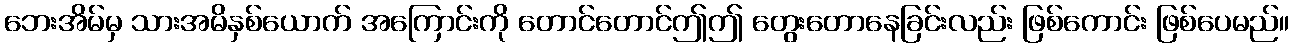
ဘေးအိမ်မှ သားအမိနှစ်ယောက် အကြောင်းကို တောင်တောင်ဤဤ တွေးတောနေခြင်းလည်း ဖြစ်ကောင်း ဖြစ်ပေမည်။